Report on horse surra - Volume II, Part I
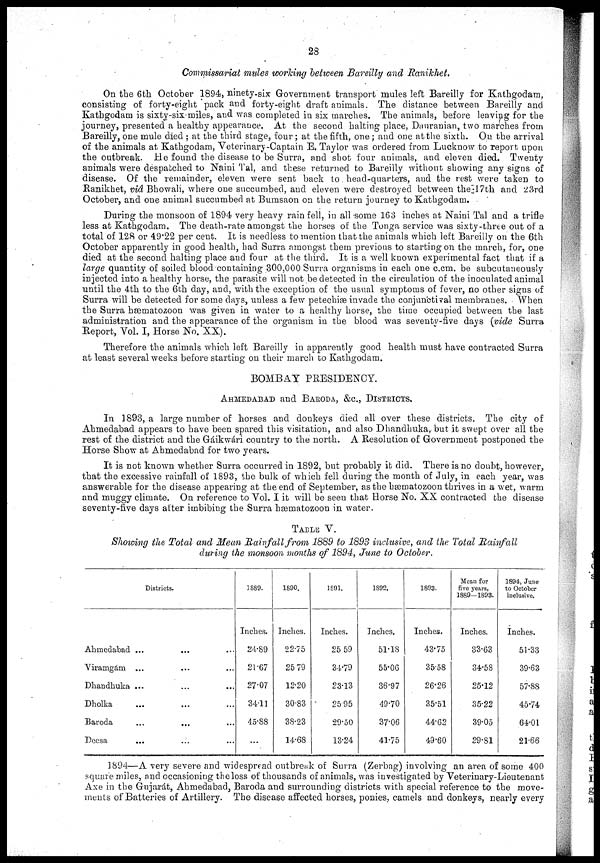
28
Commissariat mules working between Bareilly and Ranikhet.
On the 6th October 1894, ninety-six Government transport mules left Bareilly for Kathgodam,
consisting of forty-eight pack and forty-eight draft animals. The distance between Bareilly and
Kathgodam is sixty-six miles, and was completed in six marches. The animals, before leaving for the
journey, presented a healthy appearance. At the second halting place, Danranian, two marches from
Bareilly, one mule died ; at the third stage, four; at the fifth, one; and one at the sixth. On the arrival
of the animals at Kathgodam, Veterinary-Captain E. Taylor was ordered from Lucknow to report upon
the outbreak. He found the disease to be Surra, and shot four animals, and eleven died. Twenty
animals were despatched to Naini Tal, and these returned to Bareilly without showing any signs of
disease. Of the remainder, eleven were sent back to head-quarters, and the rest were taken to
Ranikhet, viâ Bhowali, where one succumbed, and eleven were destroyed between the17th and 23rd
October, and one animal succumbed at Bumsaon on the return journey to Kathgodam.
During the monsoon of 1894 very heavy rain fell, in all some 163 inches at Naini Tal and a trifle
less at Kathgodam. The death-rate amongst the horses of the Tonga service was sixty-three out of a
total of 128 or 49.22 per cent. It is needless to mention that the animals which left Bareilly on the 6th
October apparently in good health, had Surra amongst them previous to starting on the march, for, one
died at the second halting place and four at the third. It is a well known experimental fact that if a
large quantity of soiled blood containing 300,000 Surra organisms in each one c.cm. be subcutaneously
injected into a healthy horse, the parasite will not be detected in the circulation of the inoculated animal
until the 4th to the 6th day, and, with the exception of the usual symptoms of fever, no other signs of
Surra will be detected for some days, unless a few petechiæ invade the conjunctival membranes. When
the Surra hæmatozoon was given in water to a healthy horse, the time occupied between the last
administration and the appearance of the organism in the blood was seventy-five days (vide Surra
Report, Vol. I, Horse No. XX).
Therefore the animals which left Bareilly in apparently good health must have contracted Surra
at least several weeks before starting on their march to Kathgodam.
BOMBAY PRESIDENCY.
AHMEDABAD and BARODA, &c., DISTRICTS.
In 1893, a large number of horses and donkeys died all over these districts. The city of
Ahmedabad appears to have been spared this visitation, and also Dhandhuka, but it swept over all the
rest of the district and the Gáikwári country to the north. A Resolution of Government postponed the
Horse Show at Ahmedabad for two years.
It is not known whether Surra occurred in 1892, but probably it did. There is no doubt, however,
that the excessive rainfall of 1893, the bulk of which fell during the month of July, in each year, was
answerable for the disease appearing at the end of September, as the hæmatozoon thrives in a wet, warm
and muggy climate. On reference to Vol. I it will be seen that Horse No. XX contracted the disease
seventy-five days after imbibing the Surra hæmatozoon in water.
TABLE V.
Showing the Total and Mean Rainfall from 1889 to 1893 inclusive, and the Total Rainfall
during the monsoon months of 1894, June to October.
Districts.
Ahmedabad ...
Viramgám ...
Dhandhuka ...
Dholka
Barbda
Deesa
...
...
...
...
...
...
...
...
...
...
...
...
1889.
Inches.
24.89
21.67
27.07
34.11
45.88
...
1890.
Inches.
22.75
25 79
12.20
30.83
38.23
14.68
1891.
Inches.
25 59
34.79
23.13
25.95
29.50
13.24
1892.
Inches.
51.18
55.06
36.97
49.70
37.06
41.75
1893.
Inches.
43.75
35.58
26.26
35.51
44.62
49.60
Mean for
five years,
1889—1893.
Inches.
33.63
34.58
25.12
35.22
39.05
29.81
1894, June
to October
inclusive.
Inches.
51.33
39.63
57.88
45.74
64.01
21.66
1894—A very severe and widespread outbreak of Surra (Zerbag) involving an area of some 400
square miles, and occasioning the loss of thousands of animals, was investigated by Veterinary-Lieutenant
Axe in the Gujarát, Ahmedabad, Baroda and surrounding districts with special reference to the move-
ments of Batteries of Artillery. The disease affected horses, ponies, camels and donkeys, nearly every